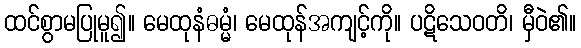
ထင်စွာမပြုမူ၍။ မေထုနံဓမ္မံ၊ မေထုန်အကျင့်ကို။ ပဋိသေဝတိ၊ မှီဝဲ၏။